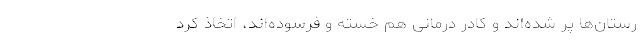
رستان‌ها پر شده‌اند و کادر درمانی هم خسته و فرسوده‌اند، اتخاذ کرد